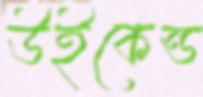
উইকেন্ড